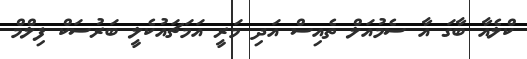
ކްލެއާ ބާގަ އާ ސެމުއަލް ތެއިސް އަދި މަރީ އަމަޗައުކެލީ ބަރުސަކް ފިލްމް